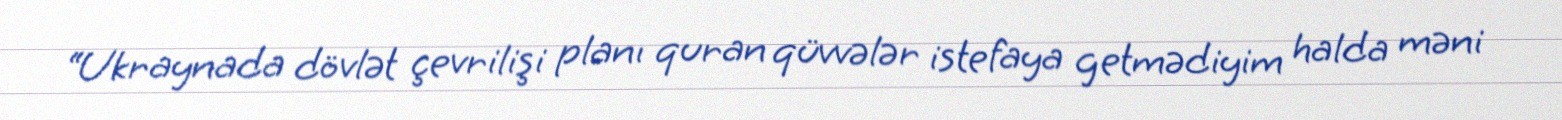
“Ukraynada dövlət çevrilişi planı quran qüvvələr istefaya getmədiyim halda məni